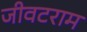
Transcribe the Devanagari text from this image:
जीवटराम